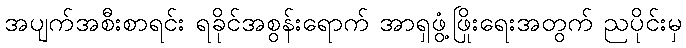
အပျက်အစီးစာရင်း ရခိုင်အစွန်းရောက် အာရှဖွံ့ဖြိုးရေးအတွက် ညပိုင်းမှ